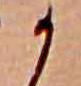
か